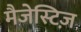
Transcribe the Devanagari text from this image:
मैजेस्टिज़